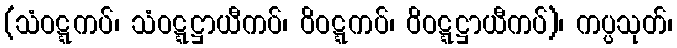
(သံဝဋ္ဋကပ်၊ သံဝဋ္ဋဋ္ဌာယီကပ်၊ ဝိဝဋ္ဋကပ်၊ ဝိဝဋ္ဋဋ္ဌာယီကပ်)၊ ကပ္ပသုတ်၊